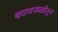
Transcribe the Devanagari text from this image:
बचावफळीतून